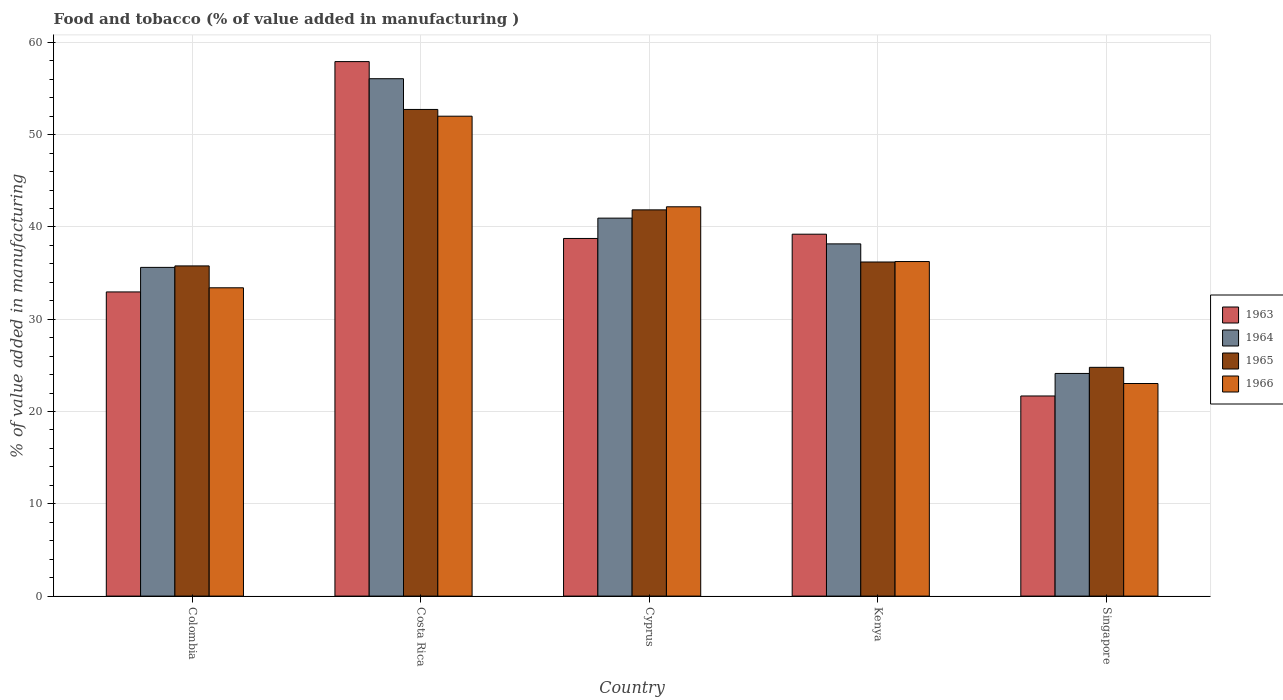
| Country | 1963 | 1964 | 1965 | 1966 |
 | --- | --- | --- | --- | --- |
 | Colombia | 33 | 35.6 | 35.8 | 33.4 |
 | Costa Rica | 57.9 | 56.1 | 52.7 | 52 |
 | Cyprus | 38.8 | 41 | 41.9 | 42.2 |
 | Kenya | 39.2 | 38.2 | 36.2 | 36.3 |
 | Singapore | 21.7 | 24.1 | 24.8 | 23 |